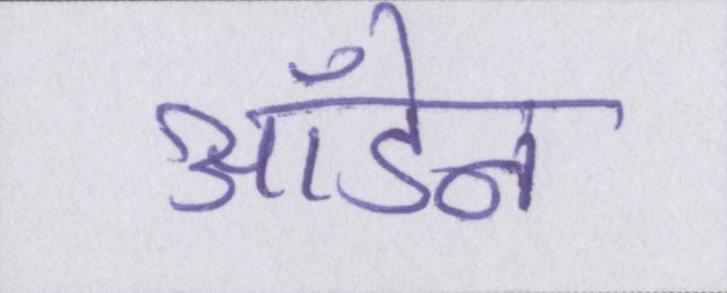
ऑडेन